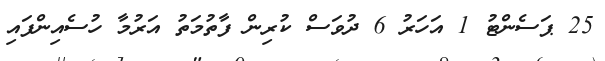
25 ޕަސެންޓު 1 އަހަރު 6 ދުވަސް ކުރިން ފާތުމަތު އަރުމާ ހުސެއިންފައި